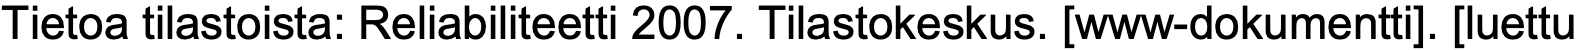
Tietoa tilastoista: Reliabiliteetti 2007. Tilastokeskus. [www-dokumentti]. [luettu